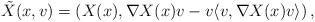
\begin{align*}\tilde{X}(x,v) = \left(X(x),\nabla X(x) v - v\langle v,\nabla X(x)v\rangle\right),\end{align*}